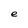
Character: e